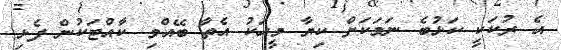
އެ ރުކަކީ ކަޅުބެ ނަމަކަށް ކިޔާ މީހަކު އެތާ ބޭއްވި ކާއްޓަކުން ފެޅި